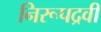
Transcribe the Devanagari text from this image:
निरूपद्रवी